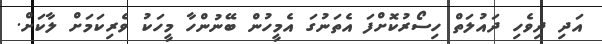
އަދި ދިވެހި ދައުލަތް ހިސޯރުކޮށްފަ އެތަނުގަ އެމީހުން ބޭނުންހާ މީހަކު ވެރިކަމަށް ލާކަށް.